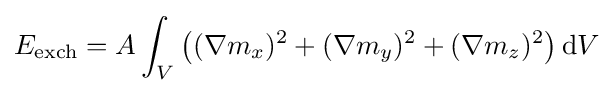
E_{\text{exch}}=A\int _{V}\left((\nabla m_{x})^{2}+(\nabla m_{y})^{2}+(\nabla m_{z})^{2}\right)\mathrm {d} V